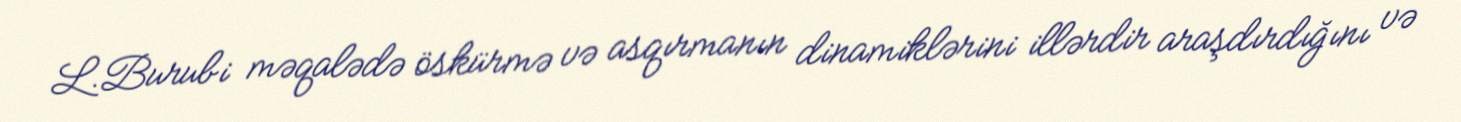
L.Burubi məqalədə öskürmə və asqırmanın dinamiklərini illərdir araşdırdığını və